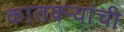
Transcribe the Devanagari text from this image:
कातक्र्‍यांची